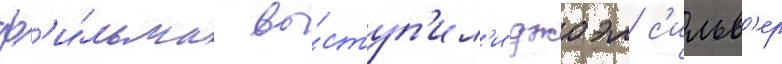
ф'и́льма вы́ступ'ил'и джоэл с'ильв'ер